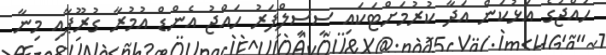
ހައްޖުގެ އަޅުކަން އަދާ ކުރުމަށްޓަކައި ސިސިލްފަރު ހައްޖު އެންޑް އުމުރާ ގުރޫޕާއި މިނާ